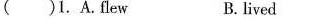
( )1.A.Flew B.lived